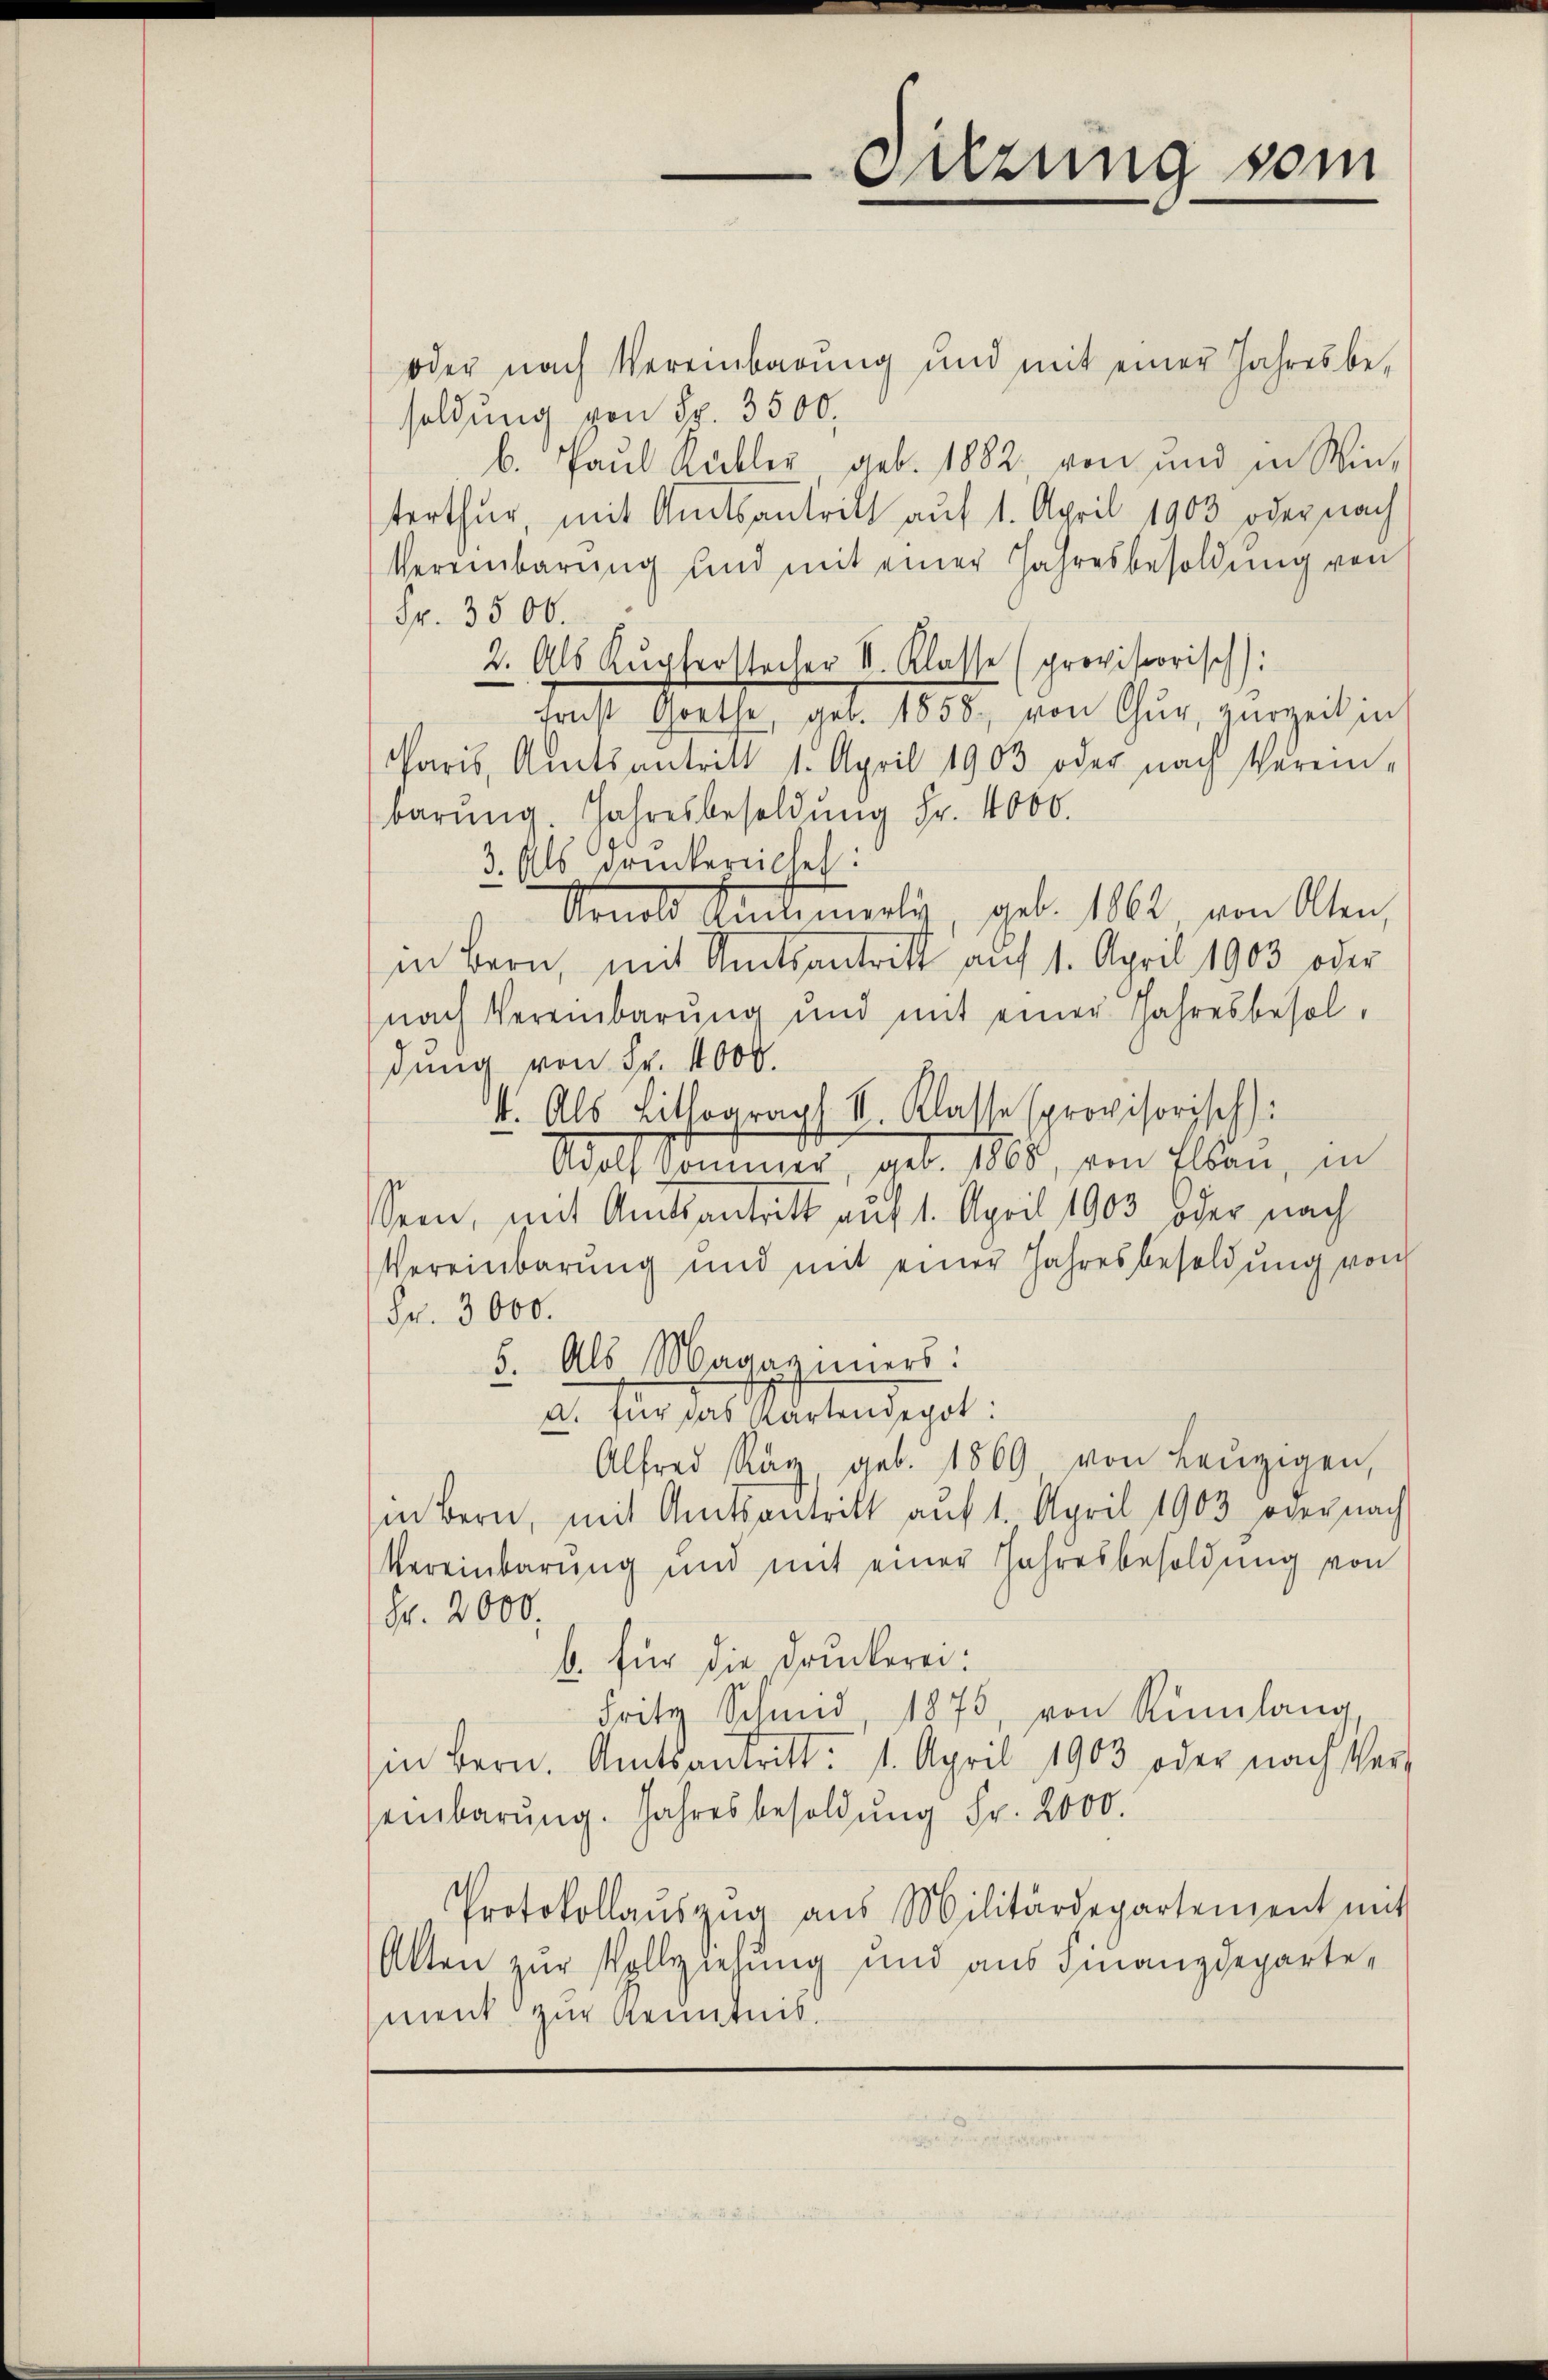
oder nach Vereinbarŭng und mit einer Jahresbe-
soldung von Fr. 3500.
b. Paul Kübler geb. 1882, von und in Win-
terthur, mit Amtsantritt auf 1. April 1903 oder nach
Vereinbarung und mit einer Jahresbesoldung von
Fr. 3500.
2. Als Kupferstocher II. Klasse (provisorisch:
trakt Goethe, geb. 1858, von Chur, Herzeit in
Paris, Amtsantritt 1. April 1903 oder nach Verein-
barŭng. Jahresbesoldung Fr. 4000.
3. Als druckereiches:
Arnold Antimerli, geb. 1864 von Olten,
in Bern, mit Amtsantritt auf 1. April 1903 oder
nach Vereinbarung und mit einer Jahresbesoldung von Fr. 4000.
4. Als Lithograph II. Klasse provisorisch:
Adolf kommer, geb. 1868, von Elsau, in
sein, mit Amtsantritt auf 1. April 1903 Oder nach
Vereinbarung und mit einer Jahresbesoldung von
Fr. 3000.
5. Als Magaziners:
a. für das Kartendepot:
Alfred Ray, geb. 1869 von Leŭzigen,
in Bern, mit Amtsantritt auf 1. April 1903 oder nach
Vereinbarung und mit einer Jahresbesoldung von
Fr. 2000.
b. für die Druckerei:
Fritz Schind, 1875, von Rümlang
in Bern. Amtsantritt: 1. April 1903 oder nach Ver-
einbarŭng. Jahresbesoldŭng Fr. 2000.
Protokollaŭszŭg aŭs Militärdepartement mit
Alten zur Vollziehung und aus Finanzdepartement zur Kenntnis.

Sitzung vom